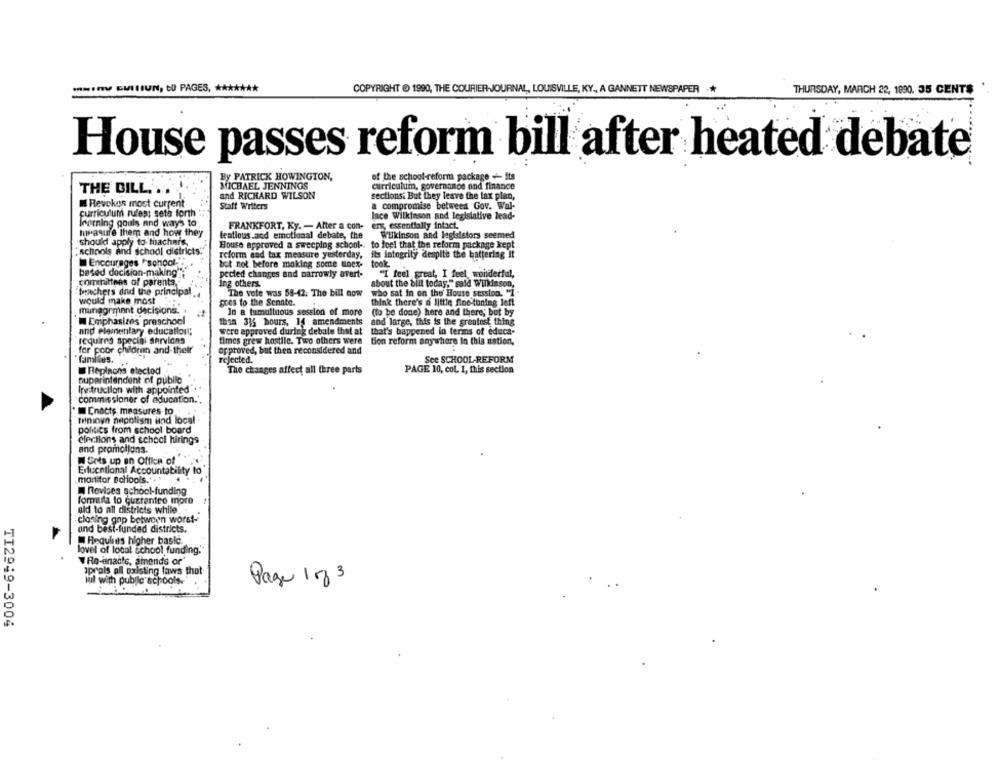
-NIN GUILIUN, CO PAGES. *******
COPYRIGHT @ 1990, THE COURIER-JOURNAL, LOUISVILLE, KY ., A GANNETT NEWSPAPER .*
THURSDAY, MARCH 22, 1890. 35 CENTS
House passes reform bill after heated debate
By PATRICK HOWINGTON,
of the school-reform package - Its
THE BILL. ..
MICHAEL JENNINGS
curriculum, governance and finance
and RICHARD WILSON
sections. But they leave the lax plan,
M Revokos most current
Staff Writers
a compromise between Gov. Wal-
curriculum rufest seta forth
Ince Wilkinson and legislative lead-
morning goals and ways to
FRANKFORT, Ky. - Atter a con- ers, essentially intact.
measure them and how they
tentious and emotional debate, the
Wilkinson and legislators seemed
should apply to machars,
House approved a sweeping school -.
to feel that the reform package kept
;schools and school districts""
reform and tax measure yesterday, ils integrity despite the battering it
Encourages "school-
but not before making some unex-
took
based decision-making"
pected changes and narrowly avert-
"I feel great, I feel wonderful,
committees of parents.
Ing others.
about the blil today," said Wilkinson,
'teachers and the principal
The vote was 58-42; The bill now
who sat in on the House session. "I -
would make most
goes to the Senate.
think there's a little fine tuning Jeft
management decisions.
In a tumultuous session of more
(to be done) here and there; but by
Emphasizes preschool
thon 315 hours, 14 amendments
and large, this is the greatest thing
and elementary education;
were approved during debate that at
that's happened in terms of educa-
requires special shrvlans
times grew hostile. Two others were
tion reform anywhere In this nation,
for poor children and their
approved, but then reconsidered and
familes.
rejected.
See SCHOOL-REFORM
Replnons electod
The changes affect all three parts
PAGE 10, col. 1, this section
superintendent of public
Ireitruction with appointed
commissioner of education.',
Enacts measures to
tamnioyn nepotism lind local
politics from school board
elections and school hirings
and promotions.
W Gots up an Office of
Extuctional Accountability to
monitor BaHiools."
Revises school-funding
formula to queranteo more
aid to all districts while
cloning gap between worst-
and best-funded districts.
Requires higher basic.
lovel of local school funding.
W Re-enacts, amends or"
aprals all existing laws that
lul with public schools.
Page 1 of 3
TI2949-3004